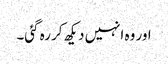
اور وہ انہیں دیکھ کر رہ گئی۔